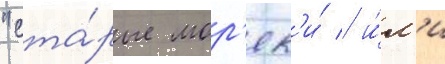
"ста́рые мор'як'и́ / и́л'и